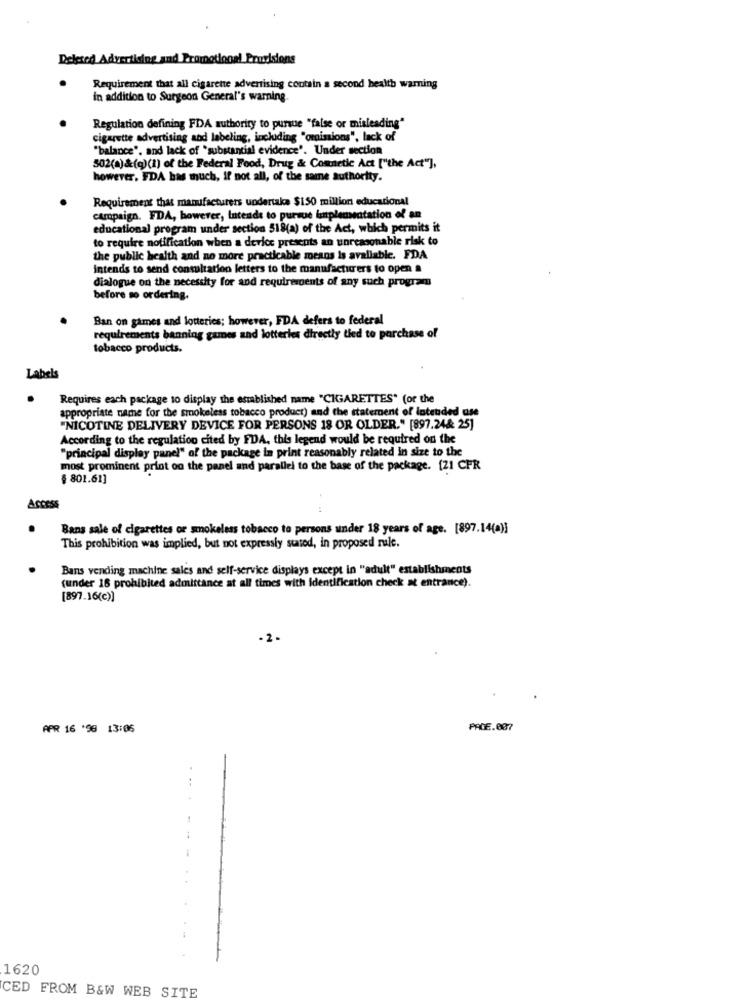
Deleted Advertising and Promotional Provisions
Requirement that all cigarette advertising contain a second health warning
in addition to Surgeon General's warning.
Regulation defining FDA authority to pursue "false or misleading"
cigarette advertising and labeling, including "omissions", lack of
"balance", and lack of "substantial evidence'. Under section
502(a)&(g)(1) of the Federal Food, Drug & Cosmetic Act ["the Act"],
however, FDA bas much, if not all, of the same authority.
Requirement that manufacturers undertake $150 million educational
campaign. FDA, however, Intends to pursue linpleasatation of an
educational program under section 518(a) of the Act, which permits it
to require notification when a device presents an unreasonable risk to
the public health and no more practicable means is avaliable. FDA
Intends to send consultation letters to the manufacturers to open a
dialogue on the necessity for and requirescents of any such program
before so ordering.
Ban on games and lotteries; however, FDA defers to federal
requirements banning games and lotteries directly tied to porchase of
tobacco products.
Labels
Requires each package to display the established name "CIGARETTES" (or the
appropriate name for the smokeless tobacco product) and the statement of intended use
"NICOTINE DELIVERY DEVICE FOR PERSONS 18 OR OLDER." [897.24& 25]
According to the regulation cited by FDA, this legend would be required on the
"principal display panel" of the package in print reasonably related in size to the
most prominent print on the panel and parallel to the base of the package. [21 CFR
§ 801.61]
Bans sale of cigarettes or smokeless tobacco to persons under 18 years of age. [897.14(a)]
This prohibition was implied, but not expressly stated, in proposed rule.
Bans vending machine sales and self-service displays except in "adult" establishments
(under 16 prohibited admittance at all times with identification check at entrance).
[897.16(c)]
-2-
APR 16 .96 13:05
PAGE.007
1620
CED FROM B&W WEB SITE